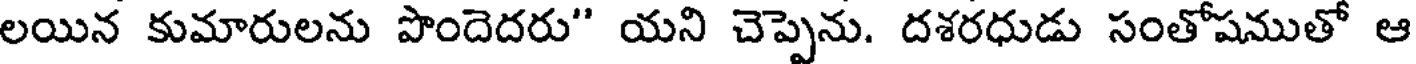
లయిన కుమారులను పొందెదరు" యని చెప్పెను. దశరధుడు సంతోషముతో ఆ